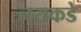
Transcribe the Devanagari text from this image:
नराकडे